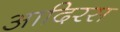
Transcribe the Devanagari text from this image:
आदिरस